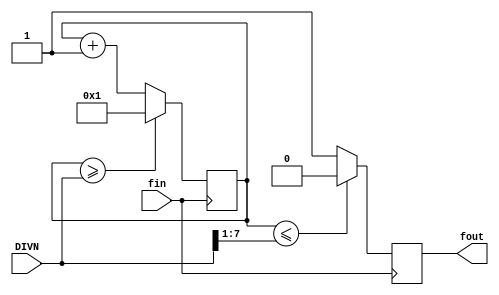
module fDIV (fin,DIVN,fout);

input fin;
input [7:0] DIVN;
output fout;
wire [7:0] _DIVN;
reg [7:0] count;
reg fout;

assign _DIVN=DIVN>>1;

always @ (negedge fin)

count=(count>=DIVN)?8'd1:count+1;

always @ (posedge fin)

fout=(count<=_DIVN)?1'b0:1'b1;

endmodule